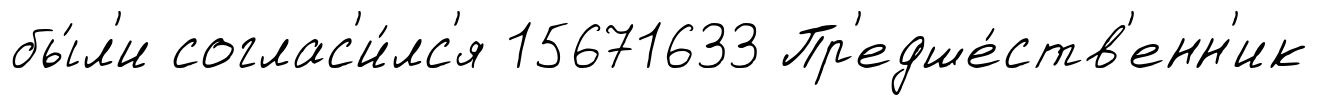
бы́л'и соглас'и́лс'я 15671633 Пр'едше́ств'енн'ик